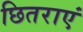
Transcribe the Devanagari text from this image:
छितराएं